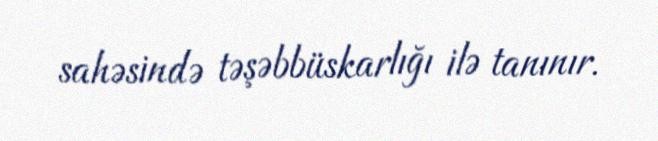
sahəsində təşəbbüskarlığı ilə tanınır.